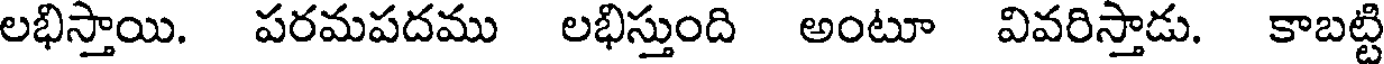
లభిస్తాయి. పరమపదము లభిస్తుంది అంటూ వివరిస్తాడు. కాబట్టి